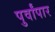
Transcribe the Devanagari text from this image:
पुर्वांपार